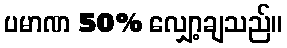
ပမာဏ 50% လျှော့ချသည်။